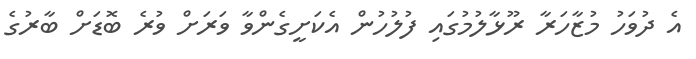
އެ ދުވަހު މުޒާހަރާ ރޫޅާލުމުގައި ފުލުހުން އެކަށީގެންވާ ވަރަށް ވުރެ ބޮޑަށް ބާރުގެ